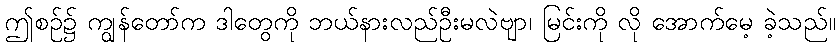
ဤစဉ်၌ ကျွန်တော်က ဒါတွေကို ဘယ်နားလည်ဦးမလဲဗျာ၊ မြင်းကို လို အောက်မေ့ ခဲ့သည်။